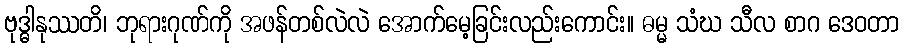
ဗုဒ္ဓါနုဿတိ၊ ဘုရားဂုဏ်ကို အဖန်တစ်လဲလဲ အောက်မေ့ခြင်းလည်းကောင်း။ ဓမ္မ သံဃ သီလ စာဂ ဒေဝတာ